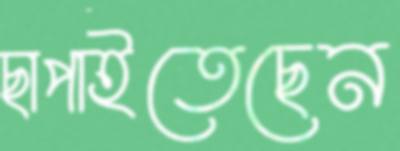
ছাপাইতেছেন